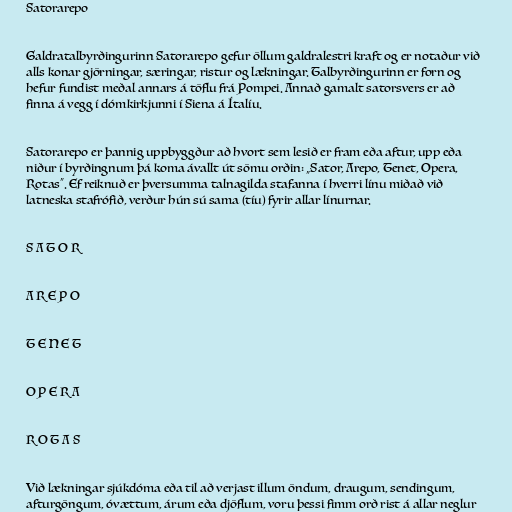
Satorarepo

Galdratalbyrðingurinn Satorarepo gefur öllum galdralestri kraft og er notaður við
alls konar gjörningar, særingar, ristur og lækningar. Talbyrðingurinn er forn og
hefur fundist meðal annars á töflu frá Pompei. Annað gamalt satorsvers er að
finna á vegg í dómkirkjunni í Siena á Ítalíu.

Satorarepo er þannig uppbyggður að hvort sem lesið er fram eða aftur, upp eða
niður í byrðingnum þá koma ávallt út sömu orðin: „Sator, Arepo, Tenet, Opera,
Rotas“. Ef reiknuð er þversumma talnagilda stafanna í hverri línu miðað við
latneska stafrófið, verður hún sú sama (tíu) fyrir allar línurnar.

S A T O R

A R E P O

T E N E T

O P E R A

R O T A S

Við lækningar sjúkdóma eða til að verjast illum öndum, draugum, sendingum,
afturgöngum, óvættum, árum eða djöflum, voru þessi fimm orð rist á allar neglur